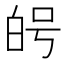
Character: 𭽑